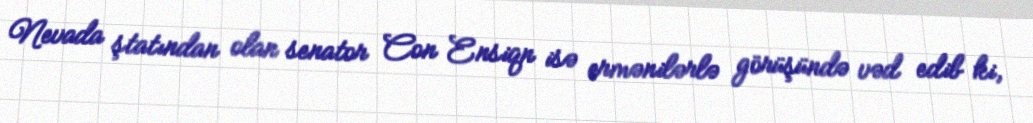
Nevada ştatından olan senator Con Ensiqn isə ermənilərlə görüşündə vəd edib ki,